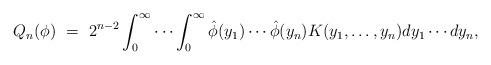
LaTeX: \begin{align*}Q_n(\phi)\ =\ 2^{n-2} \int_0^\infty \cdots \int_0^\infty \hat{\phi}(y_1)\cdots\hat{\phi}(y_n)K(y_1,\ldots,y_n)dy_1\cdots dy_n,\end{align*}